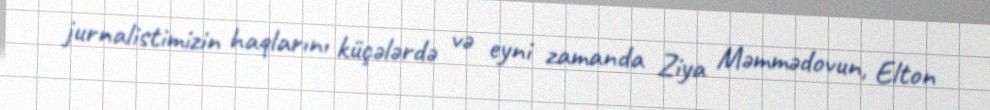
jurnalistimizin haqlarını küçələrdə və eyni zamanda Ziya Məmmədovun, Elton